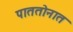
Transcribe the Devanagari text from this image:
पाततोनात